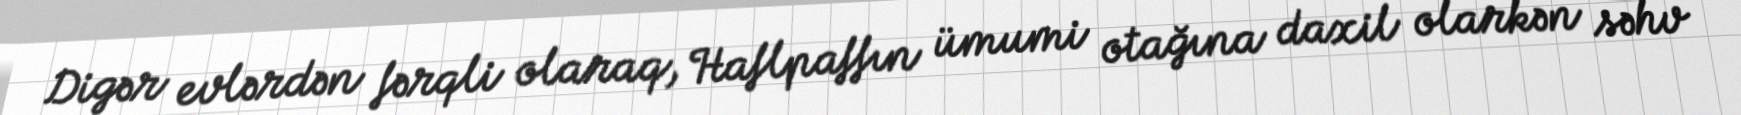
Digər evlərdən fərqli olaraq, Haflpaffın ümumi otağına daxil olarkən səhv